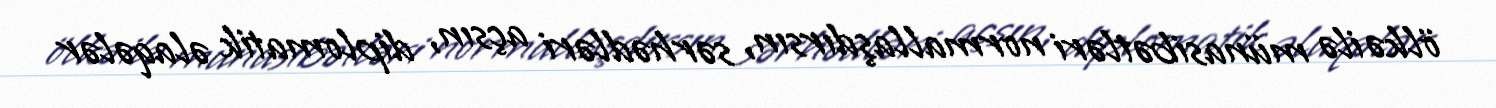
ölkə ilə münasibətləri normallaşdırsın, sərhədləri açsın, diplomatik əlaqələr